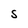
Character: s